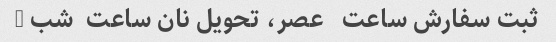
ثبت سفارش ساعت   عصر، تحویل نان ساعت  شب …